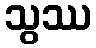
သွဿ